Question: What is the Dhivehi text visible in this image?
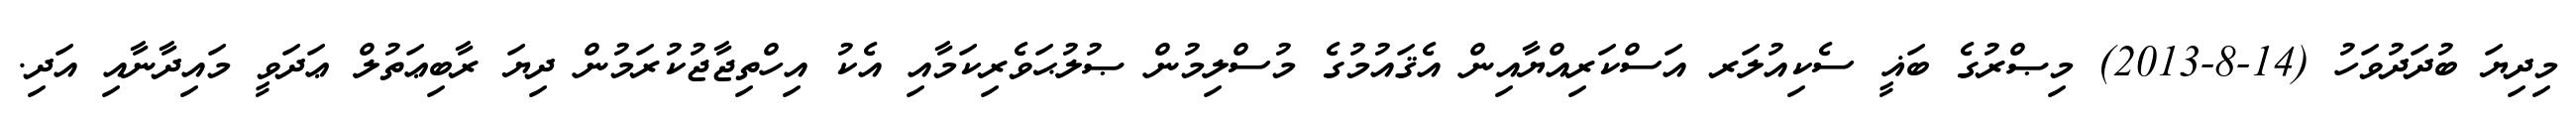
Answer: މިދިޔަ ބުދަދުވަހު (14-8-2013) މިޞްރުގެ ބަޣީ ސެކިއުލަރ އަސްކަރިއްޔާއިން އެޤައުމުގެ މުސްލިމުން ޞުލުޙަވެރިކަމާއި އެކު އިހްތިޖާޖުކުރަމުން ދިޔަ ރާބިޢަތުލް ޢަދަވީ މައިދާނާއި އަދި.